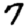
Digit: 7